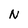
Character: N